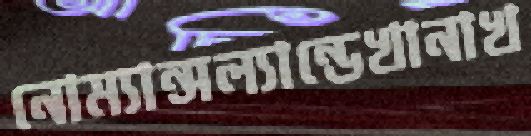
নোম্যান্সল্যান্ডেখানাখ